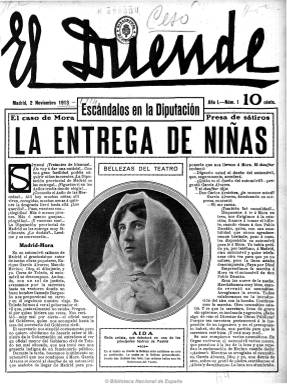
Título: El Duende (Madrid. 1913)
Colección: Revistas de información general
Ámbito geográfico: Madrid
Lugar de publicación: Madrid
Fechas: 02/11/1913-10/02/1934

Es un claro ejemplo de semanario sensacionalista, fundado y dirigido por Adelardo Fernández Arias (1880-1951), que ejerció un periodismo provocador y agresivo hasta en lo personal, llegando al enfrentamiento en duelo físico con sus oponentes. Su título –muy utilizado en la prensa española desde el siglo XVIII- corresponde en este caso al seudónimo reducido El Duende de la Colegiata, que su director había popularizado previamente como colaborador del Heraldo de Madrid (1890-1939). Comienza a publicarse el dos de noviembre de 1913, apareciendo cada domingo en entregas de dieciséis páginas, compuestas a tres columnas y con gran número de ilustraciones, especialmente fotografías y caricaturas, algunas de ellas estampadas a dos tintas y a toda plana, pero también con chistes gráficos. Anteriormente, a partir del once de mayo de 1910, Fernández Arias ya había publicado este título, en entregas también de dieciséis páginas, pero compuestas a dos columnas, que tuvo corta vida y, según Gómez Aparicio (1974), para su reaparición ahora, un año antes del comienzo de la primera guerra mundial, pudo recibir financiación de la Embajada de Alemania en Madrid para la propagación de los intereses de este país.

El mismo Gómez Aparicio no duda en calificar los contenidos de este “semanario ilustrado” de “semilibelescos”, que conforman una amalgama en la que se suma la crónica negra y de sucesos, las denuncias y críticas de corrupción contra personas e instituciones (diputación provincial o ayuntamiento de Madrid) o los asuntos de alcoba. Destaca el abundante espacio que dedica al mundo de los teatros, de donde toma fotografías de actrices y artistas para secciones como la titulada Bellezas del teatro, algunas rozando lo que se ha denominado sicalíptico, y aunque se ocupe también de los estrenos, incluye asimismo una sección bajo el epígrafe Chismografía teatral. También tendrá secciones de Actualidades, Política, Tribunales, Sports, Toros o Literatura, así como otras dedicadas a correspondencia de los lectores, como las tituladas Ecos del público y Se dice, o la dedicada al folletín por entregas. El mosaico y el estilo de sus textos, en los que se utiliza a veces un tono entre humorístico, jocoso, desenfadado o festivo, hace “difícil” el “encuadramiento”, a juicio de López Ruiz (1995), de este semanario que marca las pautas de la prensa amarilla. El propio periódico utiliza reclamos constantes en sus páginas en los que empezará expresando: “Somos furiosa y agresivamente monárquicos. ¡Nada más!”; hará constante gala de su independencia, con eslogan como “Somos independientes” o “Este periódico no pide favores a nadie”; o intentará curarse en salud, diciendo que  “Este periódico acusa, pero no injuria ni calumnia”. Asimismo informará que la compañía anónima que lo edita se había constituido ante notario con 100.000 pesetas de capital social. Debió alcanzar grandes tiradas, hasta los 150.000 ejemplares, y sus inserciones publicitarias aumentaron hasta ocupar, además de faldones, hasta dos planas completas.

La mayor parte de sus textos carecen de firma, algunos de ellos son entrevistas en cuyas fotografías si aparecen los autores. Aún así, entre sus colaboradores se encuentran los nombres de Prudencio Iglesias Hermida (1884-1919), autor de la sección Hombres y cosas de mi patria y de mi tiempo, y que Seoane y Sáiz (1996) le atribuye la co-fundación del periódico, y que debió ayudar a Fernández Arias a redactar la mayor parte de sus contenidos; así como Enrique Royo (en su sección Literatura); Rafael F. López, autor de la novela original de su folletín; Fernando López Martín o el revistero taurino conocido con el seudónimo Don Justo. Junto a sus numerosas fotografías en sus entrevistas o crónicas y las de actualidad, que carecen también de autor, sus caricaturas y algunos chistes gráficos (algunos con pies de tono sexual atrevido), si llevan firma, y aparecen los nombres de dibujantes y caricaturistas de teatros, como José María del Hoyo (1885-1954), con el seudónimo D’Hoy; Enrique Martínez de Echevarría (1884-1959), con el de Echea, y Fernando Gómez Páramo (1881-1949) que, con el de Fresno, fue caricaturista de actores y actrices de teatro y variedades; además de Crispín, entre otros.

Utiliza el titular a grandes caracteres en su primera plana, y estampado en sus primeros números en la imprenta y fotograbado de Nuevo Mundo, en su corta vida debió ser denunciado, procesado y multado en varias ocasiones un semanario de contenidos que hoy se denominan “basura” (López Ruiz: 2006). En sus últimas entregas dedica especial y gran espacio a asuntos de Barcelona y a anunciar que el audaz y provocador Fernández Arias iba a ser el director del diario gráfico de la noche La Razón, que aparecería en breve. El número 26, correspondiente al tres de mayo de 1914, es el último de la primera época, pero no había aparecido el domingo anterior, 26 de abril. Según Seoane y Sáiz, entre las causas de su suspensión pudo estar el sablazo que el director recibió del Duque de Maqueda durante un duelo. Martínez Arias volverá a resucitar al semanario El Duende durante el periodo republicano, el cuatro de junio de 1933, con el número 27 y 24 páginas;  y en 1937, en plena guerra civil, en Zaragoza, escorado completamente al filofascismo.